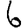
Digit: 6